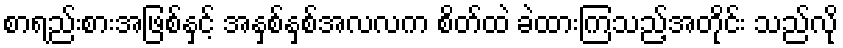
စာရည်းစားအဖြစ်နှင့် အနှစ်နှစ်အလလက စိတ်ထဲ ခဲထားကြသည့်အတိုင်း သည်လို